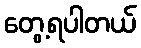
တွေ့ရပါတယ်